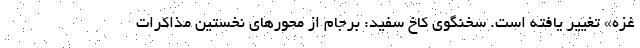
غزه» تغییر یافته است. سخنگوی کاخ سفید: برجام از محورهای نخستین مذاکرات